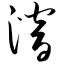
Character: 潜